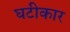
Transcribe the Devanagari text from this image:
घटीकार